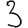
Digit: 3